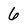
Character: 6